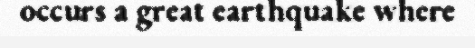
occurs a great earthquake where